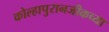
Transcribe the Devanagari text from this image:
कोल्हापुरानजीकच्या